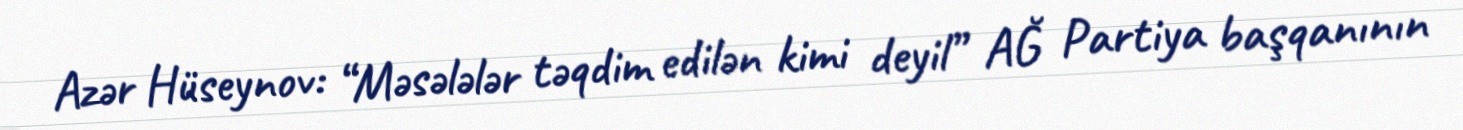
Azər Hüseynov: “Məsələlər təqdim edilən kimi deyil” AĞ Partiya başqanının